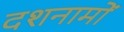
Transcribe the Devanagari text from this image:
दशनामों